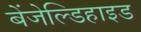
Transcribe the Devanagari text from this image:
बेंजेल्डिहाइड